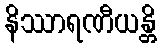
နိဿာရဏီယန္တိ